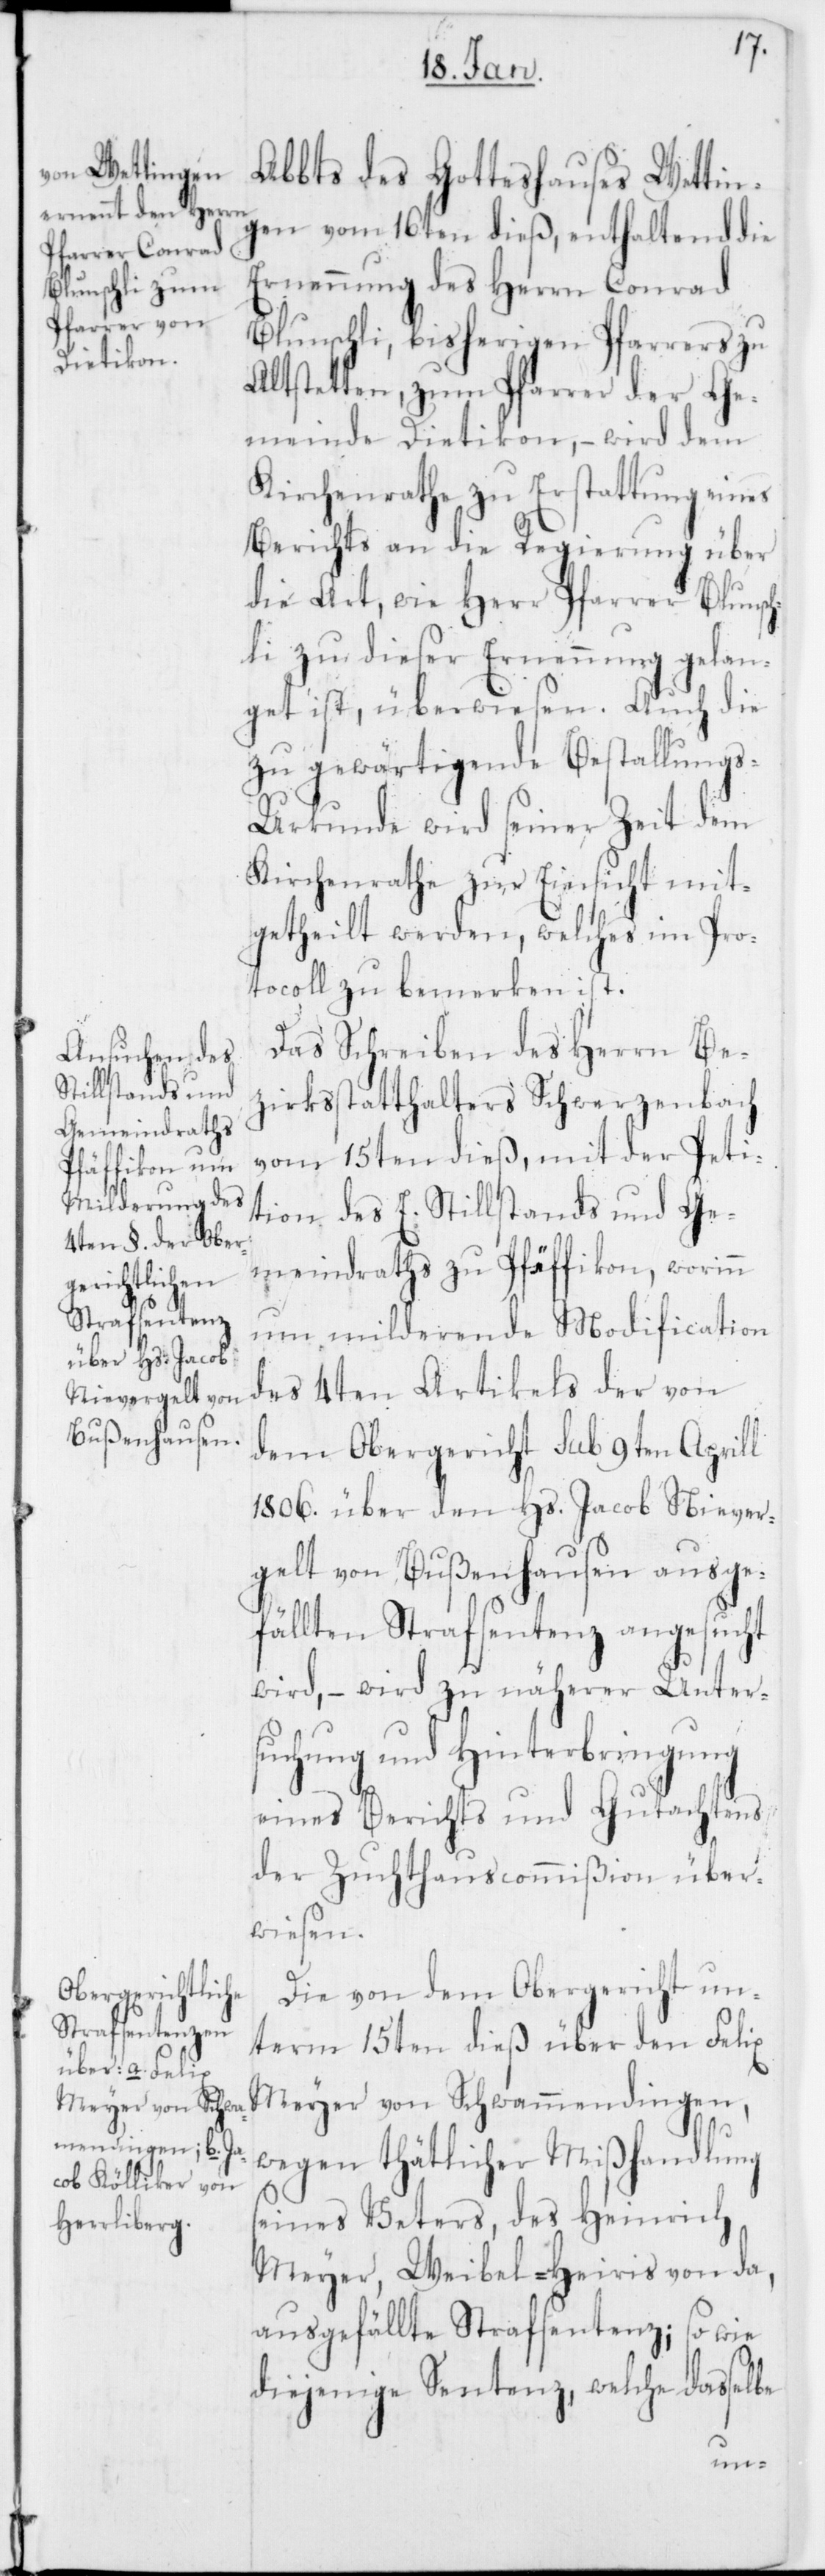
Abbts des Gotteshauses Wettin¬
gen vom 16ten dieß, enthaltend die
Ernennung des Herrn Conrad
Blunschli, bisherigen Pfarrers zu
Altstetten, zum Pfarrer der Ge¬
meinde Dietikon, – wird dem
Kirchenrathe zu Erstattung eines
Berichts an die Regierung über
die Art, wie Herr Pfarrer Blunsc¬
hli zu dieser Ernennung gelan¬
get ist, überwiesen. Auch die
zu gewärtigende Bestallungs-U¬
rkunde wird seiner Zeit dem
Kirchenrathe zur Einsicht mit¬
getheilt werden, welches im Pro¬
tocoll zu bemerken ist.
Das Schreiben des Herrn Be¬
zirksstatthalters Schwerzenbach
vom 15ten dieß, mit der Peti¬
tion des E. Stillstands und Ge¬
meindraths zu Pfäffikon, worinn
um milderende Modification
des 4ten Artikels der von
dem Obergericht sub 9ten Aprill
1806. über den Hs. Jacob Niever¬
gelt von Bußenhausen ausge¬
fällten Strafsentenz angesucht
wird, – wird zu näherer Unter¬
suchung und Hinterbringung
eines Berichts und Gutachtens
der Zuchthauscommißion über¬
wiesen.
Die von dem Obergericht un¬
term 15ten dieß über den Felix
Meyer von Schwammendingen,
wegen thätlicher Mißhandlung
seines Veters, des Heinrich
Meyer, Weibel-Heiris von da,
ausgefällte Strafsentenz; so wie
diejenige Sentenz, welche dasselbe